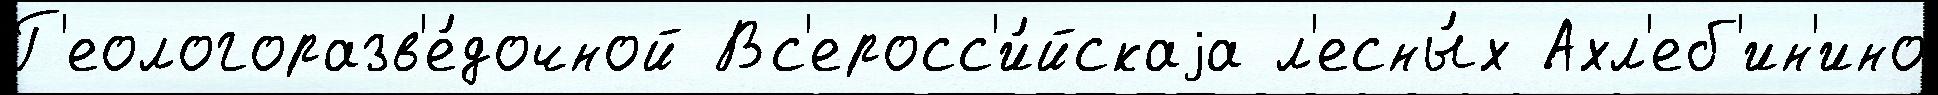
Г'еологоразв'е́дочной Вс'еросс'и́йскаjа л'есны́х Ахл'еб'ин'ино